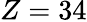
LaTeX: Z=34